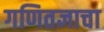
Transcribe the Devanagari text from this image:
गणितज्ञाचा